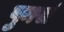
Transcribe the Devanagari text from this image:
पुनसं